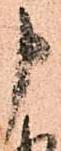
申